Indian journal of veterinary science and animal husbandry - Volume 9,
Year: 1939
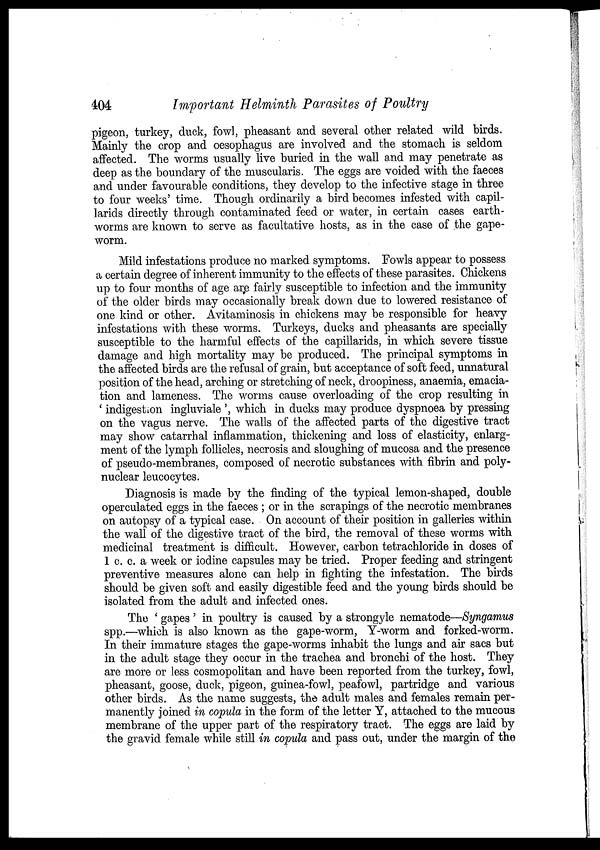
404
Important Helminth Parasites of Poultry
pigeon, turkey, duck, fowl, pheasant and several other related wild birds.
Mainly the crop and oesophagus are involved and the stomach is seldom
affected. The worms usually live buried in the wall and may penetrate as
deep as the boundary of the muscularis. The eggs are voided with the faeces
and under favourable conditions, they develop to the infective stage in three
to four weeks' time. Though ordinarily a bird becomes infested with capil-
larids directly through contaminated feed or water, in certain cases earth-
worms are known to serve as facultative hosts, as in the case of the gape-
worm.
Mild infestations produce no marked symptoms. Fowls appear to possess
a certain degree of inherent immunity to the effects of these parasites. Chickens
up to four months of age are fairly susceptible to infection and the immunity
of the older birds may occasionally break down due to lowered resistance of
one kind or other. Avitaminosis in chickens may be responsible for heavy
infestations with these worms. Turkeys, ducks and pheasants are specially
susceptible to the harmful effects of the capillarids, in which severe tissue
damage and high mortality may be produced. The principal symptoms in
the affected birds are the refusal of grain, but acceptance of soft feed, unnatural
position of the head, arching or stretching of neck, droopiness, anaemia, emacia-
tion and lameness. The worms cause overloading of the crop resulting in
' indigestion ingluviale ', which in ducks may produce dyspnoea by pressing
on the vagus nerve. The walls of the affected parts of the digestive tract
may show catarrhal inflammation, thickening and loss of elasticity, enlarg-
ment of the lymph follicles, necrosis and sloughing of mucosa and the presence
of pseudo-membranes, composed of necrotic substances with fibrin and poly-
nuclear leucocytes.
Diagnosis is made by the finding of the typical lemon-shaped, double
operculated eggs in the faeces ; or in the scrapings of the necrotic membranes
on autopsy of a typical case. On account of their position in galleries within
the wall of the digestive tract of the bird, the removal of these worms with
medicinal treatment is difficult. However, carbon tetrachloride in doses of
1 c. c. a week or iodine capsules may be tried. Proper feeding and stringent
preventive measures alone can help in fighting the infestation. The birds
should be given soft and easily digestible feed and the young birds should be
isolated from the adult and infected ones.
The ' gapes ' in poultry is caused by a strongyle nematode—Syngamus
spp.—which is also known as the gape-worm, Y-worm and forked-worm.
In their immature stages the gape-worms inhabit the lungs and air sacs but
in the adult stage they occur in the trachea and bronchi of the host. They
are more or less cosmopolitan and have been reported from the turkey, fowl,
pheasant, goose, duck, pigeon, guinea-fowl, peafowl, partridge and various
other birds. As the name suggests, the adult males and females remain per-
manently joined in copula in the form of the letter Y, attached to the mucous
membrane of the upper part of the respiratory tract. The eggs are laid by
the gravid female while still in copula and pass out, under the margin of the